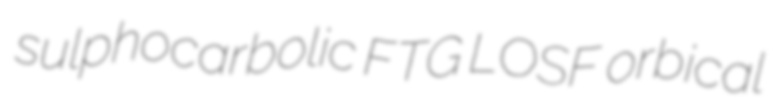
sulphocarbolic FTG LOSF orbical